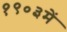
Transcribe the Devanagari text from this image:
१९०३में